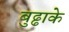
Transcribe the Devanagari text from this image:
बुढ्ढाके